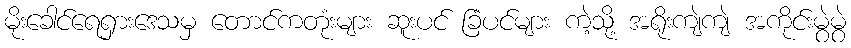
မိုးခေါင်ရေရှားဒေသမှ တောင်ကတုံးများ ဆူးပင် ခြံပင်များ ကဲ့သို့ အရိုးကျဲကျဲ အကိုင်းမွဲမွဲ